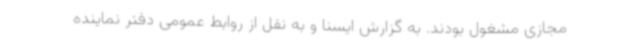
مجازی مشغول بودند. به گزارش ایسنا و به نقل از روابط عمومی دفتر نماینده